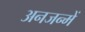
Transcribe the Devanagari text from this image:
अनजन्में